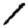
Digit: 1